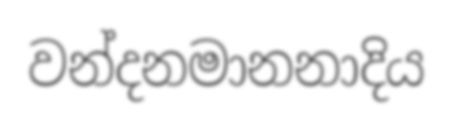
වන්දනමානනාදිය